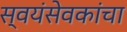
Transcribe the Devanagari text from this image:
स्वयंसेवकांचा